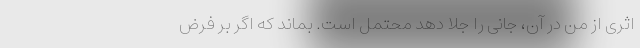
اثری از من در آن، جانی را جلا دهد محتمل است. بماند که اگر بر فرضِ